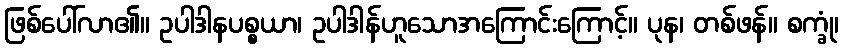
ဖြစ်ပေါ်လာ၏။ ဥပါဒါနပစ္စယာ၊ ဥပါဒါန်ဟူသောအကြောင်းကြောင့်။ ပုန၊ တစ်ဖန်။ စက္ခုံ၊